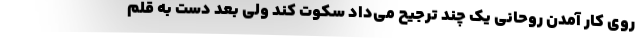
روی کار آمدن روحانی یک چند ترجیح می‌داد سکوت کند ولی بعد دست به قلم